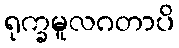
ရုက္ခမူလဂတာပိ